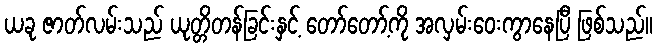
ယခု ဇာတ်လမ်းသည် ယုတ္တိတန်ခြင်းနှင့် တော်တော့်ကို အလှမ်းဝေးကွာနေပြီ ဖြစ်သည်။